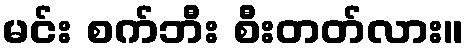
မင်း စက်ဘီး စီးတတ်လား။